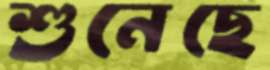
শুনেছে